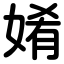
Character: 姷